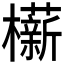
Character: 𬅋